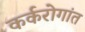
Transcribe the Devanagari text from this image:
कर्करोगांत